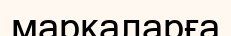
маркаларға